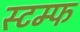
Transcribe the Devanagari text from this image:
स्टम्फ